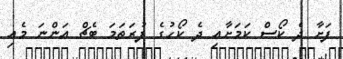
ފަށާ ދެ ކޯސް ކަމަށާއި ދެ ކޯހުގެ ފުރަތަމަ ބެޗް އަންނަ މެއި